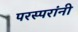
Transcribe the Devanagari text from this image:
परस्परांनी